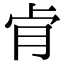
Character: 肻